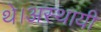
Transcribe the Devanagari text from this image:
थे।अस्थायी